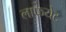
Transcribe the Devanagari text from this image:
लाफयेट